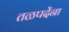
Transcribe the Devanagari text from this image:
तळपदेंना